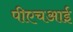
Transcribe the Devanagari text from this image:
पीएचआई